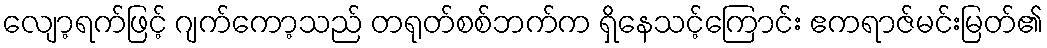
လျော့ရက်ဖြင့် ဂျက်ကော့သည် တရုတ်စစ်ဘက်က ရှိနေသင့်ကြောင်း ဧကရာဇ်မင်းမြတ်၏